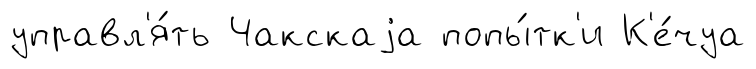
управл'я́ть Чакскаjа попы́тк'и К'е́чуа